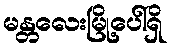
မန္တလေးမြို့ပေါ်ရှိ